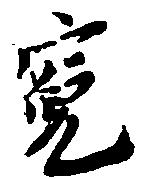
寛